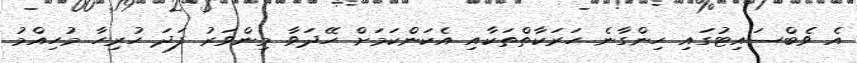
އެ ވެބްސައިޓުގައި ހިންގާނެ ހަރަކާތްތަކާއި އެކަންކަމަށް ހޭދަވާ މިންވަރު ފަދަ ހުރިހާ މުހިއްމު